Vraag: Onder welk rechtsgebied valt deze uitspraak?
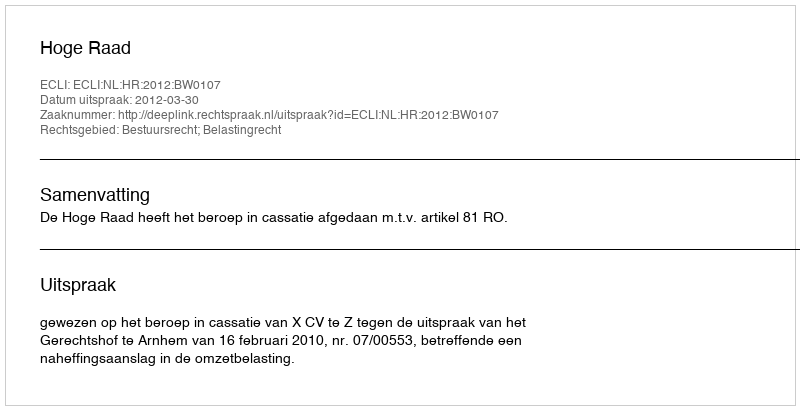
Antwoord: Bestuursrecht; Belastingrecht